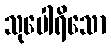
သုပေါရိသော